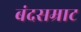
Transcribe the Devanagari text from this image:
बंदसम्राट